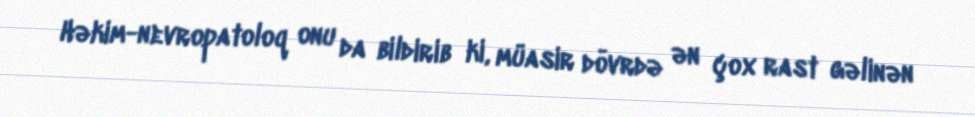
Həkim-nevropatoloq onu da bildirib ki, müasir dövrdə ən çox rast gəlinən